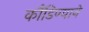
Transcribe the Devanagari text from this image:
कौंडिण्याने